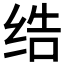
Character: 𱺞